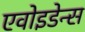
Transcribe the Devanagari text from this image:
एवोइडेन्स